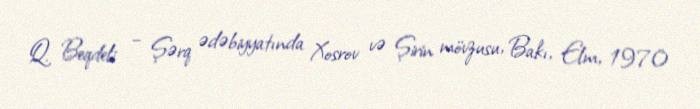
Q. Beqdeli – Şərq ədəbiyyatında Xosrov və Şirin mövzusu, Bakı, Elm, 1970